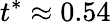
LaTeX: t^{*}\approx 0.54